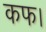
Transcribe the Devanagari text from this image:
कफ।